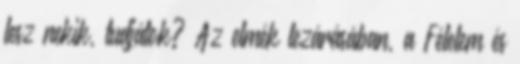
lesz nekik, tudjátok? Az elmék lezárásában, a Félelem és